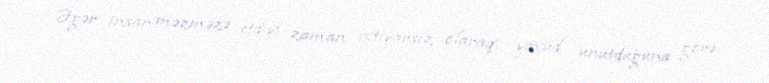
Əgər insan məzməzə etdiyi zaman ixtiyarsız olaraq, yaxud unutduğuna görə